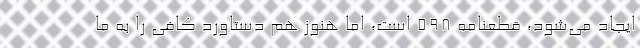
ایجاد می‌شود، قطعنامه ۵۹۸ است، اما هنوز هم دستاورد کافی را به ما